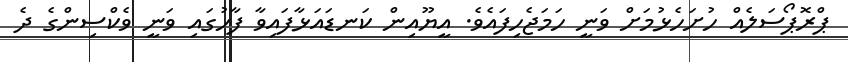
ޕްރޮޕޯސަލެއް ހުށަހެޅުމަށް ވަނީ ހަމަޖެހިފައެވެ. އީޔޫއިން ކަނޑައަޅާފައިވާ ފާހުގައި ވަނީ ވެކްސިންގެ ދެ